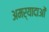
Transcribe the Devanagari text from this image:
अमर्यादाओं